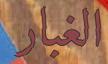
الغبار